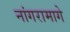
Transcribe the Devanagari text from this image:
नांगरामागे